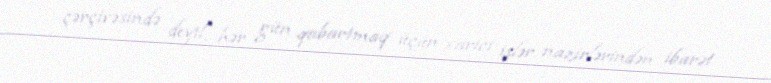
çərçivəsində deyil, hər gün qabartmaq üçün xarici işlər nazirlərindən ibarət